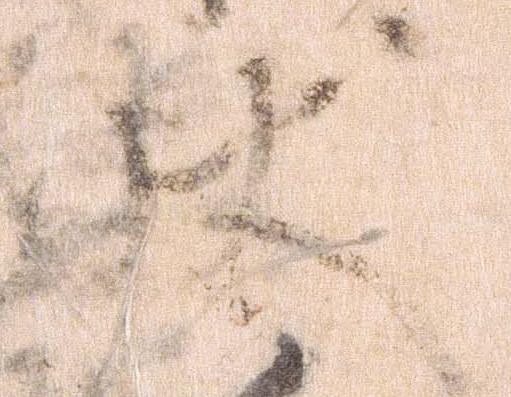
状